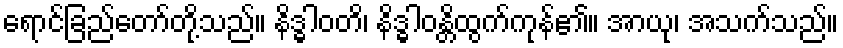
ရောင်ခြည်တော်တို့သည်။ နိဒ္ဓါဝတိ၊ နိဒ္ဓါဝန္တိထွက်ကုန်၏။ အာယု၊ အသက်သည်။